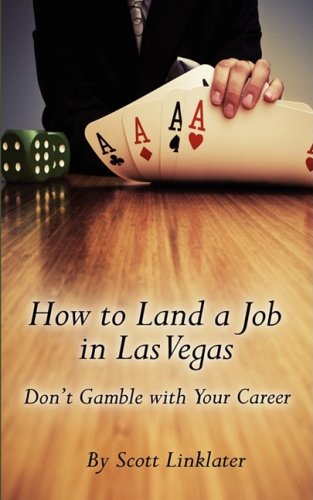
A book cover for How to Land a Job in Las Vegas: Don't Gamble with Your Career; Scott Linklater; Health, Fitness & Dieting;